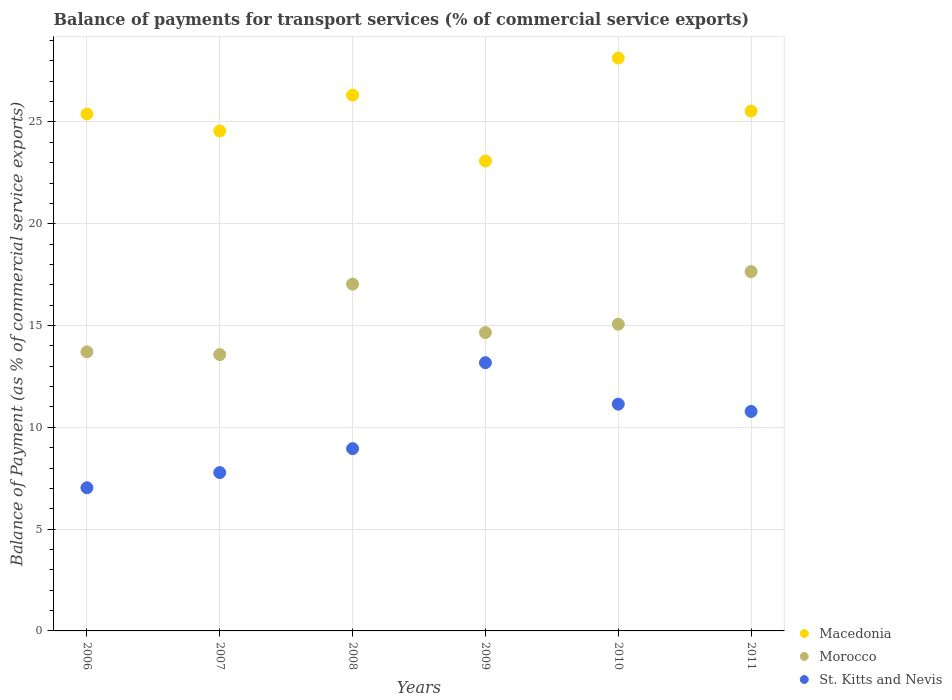
| Years | Macedonia | Morocco | St. Kitts and Nevis |
 | --- | --- | --- | --- |
 | 2006 | 25.4 | 13.7 | 7.03 |
 | 2007 | 24.6 | 13.6 | 7.78 |
 | 2008 | 26.3 | 17 | 8.95 |
 | 2009 | 23.1 | 14.7 | 13.2 |
 | 2010 | 28.1 | 15.1 | 11.1 |
 | 2011 | 25.5 | 17.7 | 10.8 |